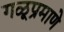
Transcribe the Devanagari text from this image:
गळूप्रमाणे